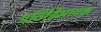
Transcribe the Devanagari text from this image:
प्रतिहिमायक